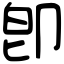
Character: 卽